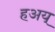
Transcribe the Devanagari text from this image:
हअय्